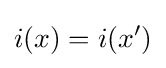
i(x)=i(x')